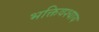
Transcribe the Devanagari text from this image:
भक्तिवश्याय